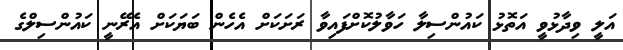
އަލީ ވިދާޅުވީ އަތޮޅު ކައުންސިލާ ހަވާލުކޮށްފައިވާ ރަށަކަށް އެހެން ބަޔަކަށް އެރޭނީ ކައުންސިލްގެ